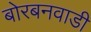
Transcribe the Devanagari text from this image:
बोरबनवाडी